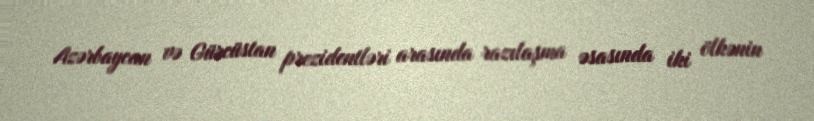
Azərbaycan və Gürcüstan prezidentləri arasında razılaşma əsasında iki ölkənin